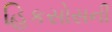
હિકસોસની